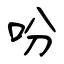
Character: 吩